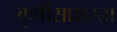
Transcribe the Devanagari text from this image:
कृषीसाक्षरता